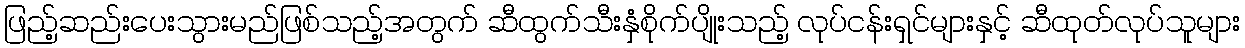
ဖြည့်ဆည်းပေးသွားမည်ဖြစ်သည့်အတွက် ဆီထွက်သီးနှံစိုက်ပျိုးသည့် လုပ်ငန်းရှင်များနှင့် ဆီထုတ်လုပ်သူများ